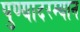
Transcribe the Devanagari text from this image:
पुण्यादरम्यान